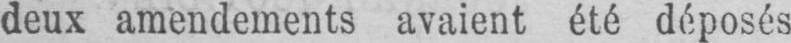
deux amendements avaient été déposés